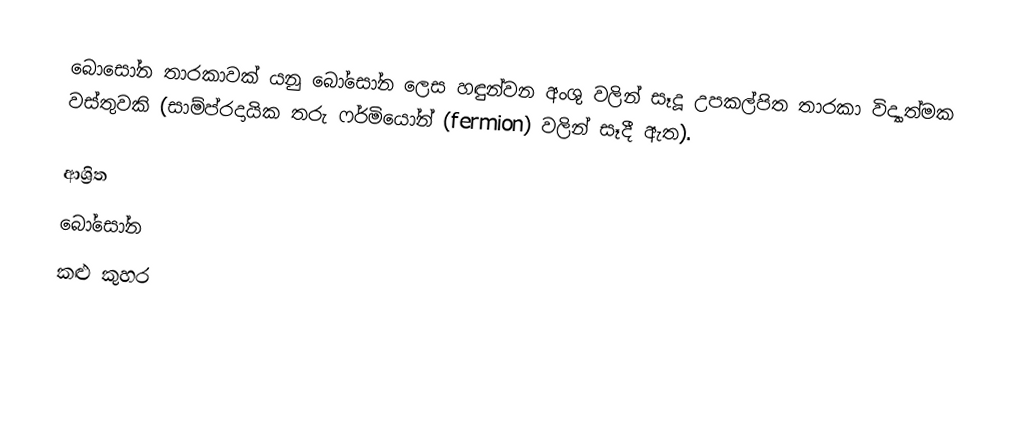
බොසෝන තාරකාවක් යනු බෝසෝන ලෙස හඳුන්වන අංශු වලින් සෑදූ උපකල්පිත තාරකා විද්‍යාත්මක වස්තුවකි (සාම්ප්රදායික තරු ෆර්මියෝන් (fermion) වලින් සෑදී ඇත).

ආශ්‍රිත
 බෝසෝන
 කළු කුහර